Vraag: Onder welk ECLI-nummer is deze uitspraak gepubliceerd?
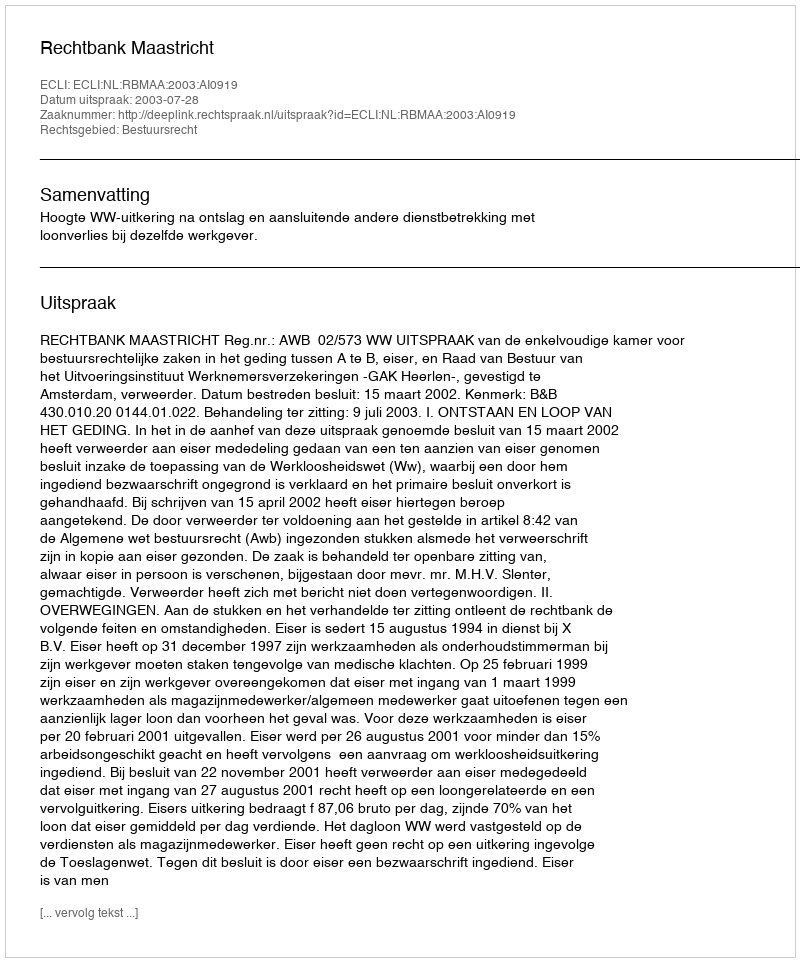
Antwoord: ECLI:NL:RBMAA:2003:AI0919